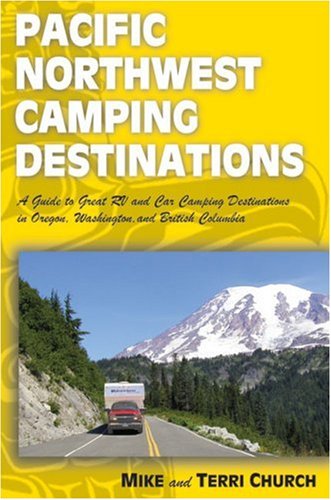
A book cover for Pacific Northwest Camping Destinations (Camping Destinations series); Mike Church; Travel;